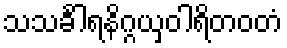
သသင်္ခါရနိဂ္ဂယှဝါရိတဝတံ